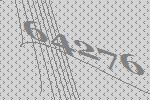
64276